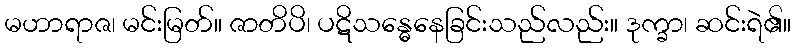
မဟာရာဇ၊ မင်းမြတ်။ ဇာတိပိ၊ ပဋိသန္ဓေနေခြင်းသည်လည်း။ ဒုက္ခာ၊ ဆင်းရဲ၏။